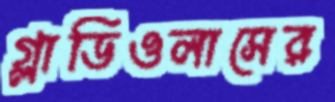
গ্লাডিওলাসের